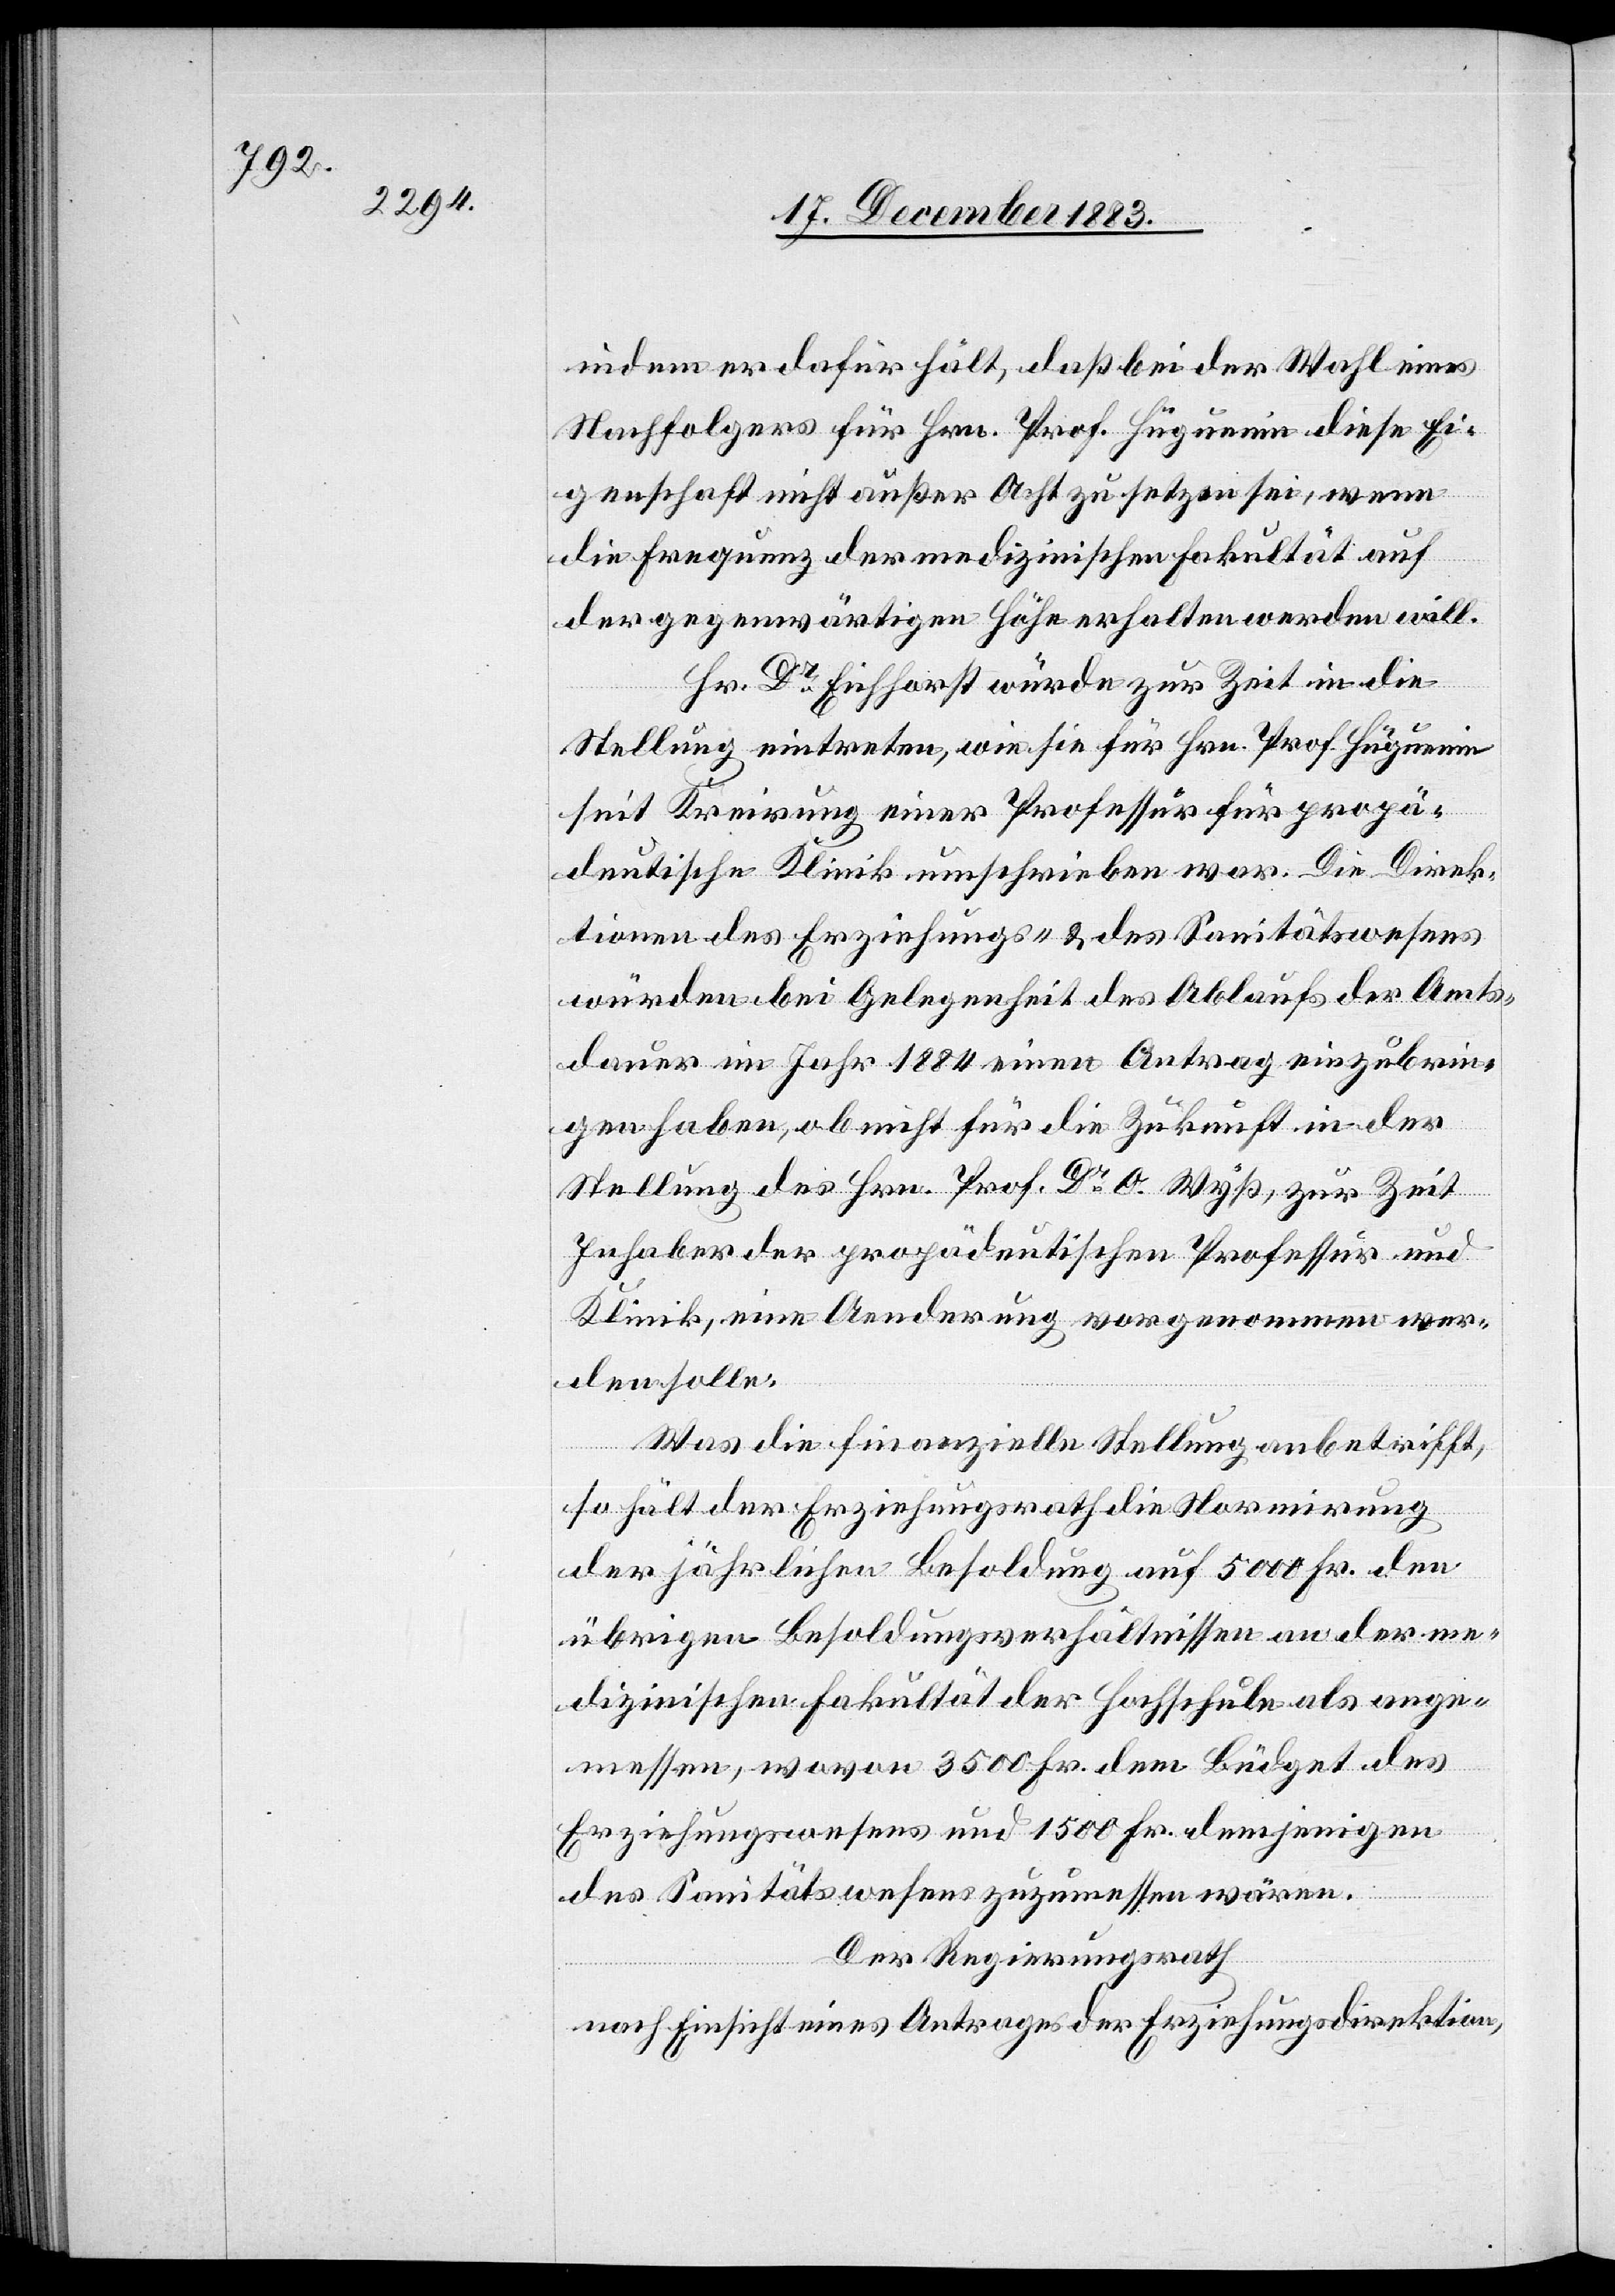
indem er dafür hält, daß bei der Wahl eines
Nachfolgers für Hrn. Prof. Hüguenin diese Ei¬
genschaft nicht außer Acht zu setzen sei, wenn
die Frequenz der medizinischen Fakultät auf
der gegenwärtigen Höhe erhalten werden will.
Hr. Dr Eichhorst würde zur Zeit in die
Stellung eintreten, wie sie für Hrn. Prof. Hüguenin
seit Kreirung einer Professur für propä¬
deutische Klinik umschrieben war. Die Direk¬
tionen des Erziehungs- & des Sanitätswesens
würden bei Gelegenheit des Ablaufs der Amts¬
dauer im Jahr 1884 einen Antrag einzubrin¬
gen haben, ob nicht für die Zukunft in der
Stellung des Hrn. Prof. Dr O. Wyß, zur Zeit
Inhaber der Propädeutischen Professur und
Klinik, eine Aenderung vorgenommen wer¬
den solle.
Was die finanzielle Stellung anbetrifft,
so hält der Erziehungsrath die Normirung
der jährlichen Besoldung auf 5000 Fr. den
übrigen Besoldungsverhältnissen an der me¬
dizinischen Fakultät der Hochschule als ange¬
messen, wovon 3500 Fr. dem Büdget des
Erziehungswesens und 1500 Fr. demjenigen
des Sanitätswesens zugemessen wären.
nach Einsicht eines Antrages der Erziehungsdirektion,